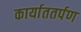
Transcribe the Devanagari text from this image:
कार्याततर्पण